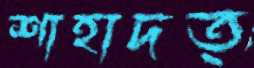
শাহাদত্